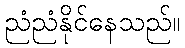
ညံညံနိုင်နေသည်။